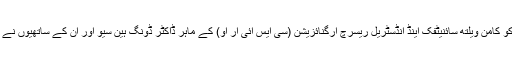
اس فلٹر کو کامن ویلتھ سائنیٹفک اینڈ انڈسٹریل ریسرچ آرگنائزیشن (سی ایس آئی آر او) کے ماہر ڈاکٹر ڈونگ ہین سیو اور ان کے ساتھیوں نے بنایا ہے۔